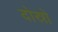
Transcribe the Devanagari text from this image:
दोस्रो